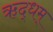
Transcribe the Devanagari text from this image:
ऋद्धम्